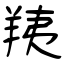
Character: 羠